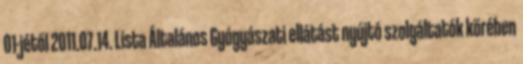
01-jétől 2011.07.14. Lista Általános Gyógyászati ellátást nyújtó szolgáltatók körében